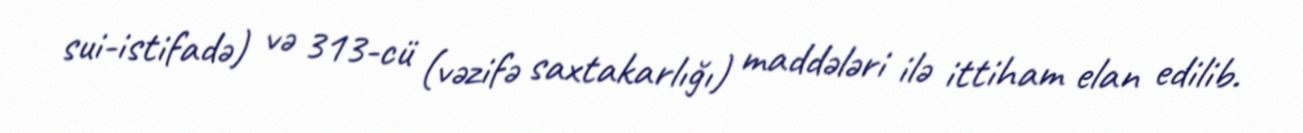
sui-istifadə) və 313-cü (vəzifə saxtakarlığı) maddələri ilə ittiham elan edilib.